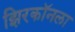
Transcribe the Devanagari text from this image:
झिरकॉनला